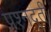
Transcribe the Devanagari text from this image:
प्रश्नदूती